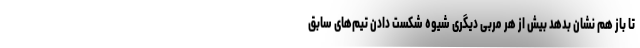
تا باز هم نشان بدهد بیش از هر مربی دیگری شیوه شکست دادن تیم‌های سابق